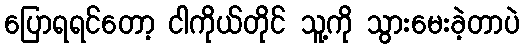
ပြောရရင်တော့ ငါကိုယ်တိုင် သူ့ကို သွားမေးခဲ့တာပဲ